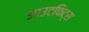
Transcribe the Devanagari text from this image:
आउटफिट्स